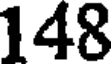
148